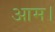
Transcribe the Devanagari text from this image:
आम।